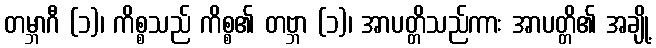
တမ္ဘာဂီ (၁)၊ ကိစ္စသည် ကိစ္စ၏ တဗ္ဘာ (၁)၊ အာပတ္တိသည်ကား အာပတ္တိ၏ အချို့